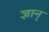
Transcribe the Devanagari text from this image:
ज्ञान्